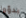
بدؤوا